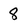
Character: 8